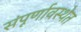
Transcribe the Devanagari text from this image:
संंपूर्णावस्थेत